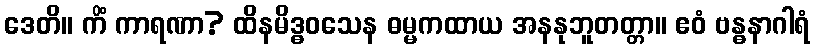
ဒေတိ။ ကိံ ကာရဏာ? ထိနမိဒ္ဓဝသေန ဓမ္မကထာယ အနနုဘူတတ္တာ။ ဧဝံ ဗန္ဓနာဂါရံ